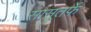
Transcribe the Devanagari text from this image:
सासूतर्फे